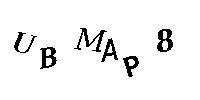
UBMAP8